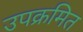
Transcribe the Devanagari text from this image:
उपक्रमित